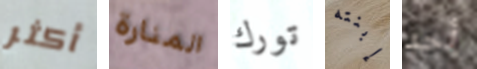
أكثر المنارة تورك إبنته أحد